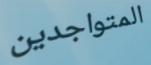
المتواجدين